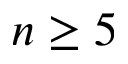
n \geq 5